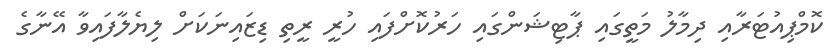
ކޮމްޕިއުޓަރާއި ދިމާލު މަތީގައި ޕާޓިޝަންގައި ހަރުކޮށްފައި ހުރީ ރީތި ޑިޒައިނަކަށް ލިޔެލާފައިވާ އޭނާގެ